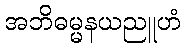
အဘိဓမ္မနယညူဟံ